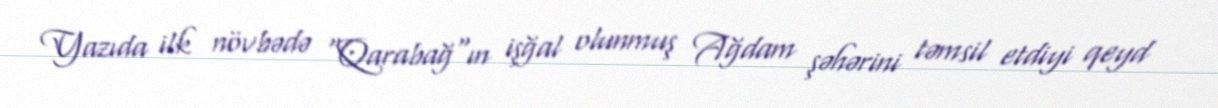
Yazıda ilk növbədə "Qarabağ"ın işğal olunmuş Ağdam şəhərini təmsil etdiyi qeyd